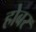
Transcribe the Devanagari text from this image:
होबर